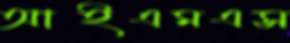
আইএমএস